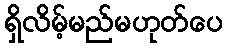
ရှိလိမ့်မည်မဟုတ်ပေ